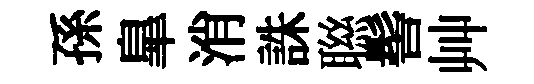
孫臯消誅聮髻艸